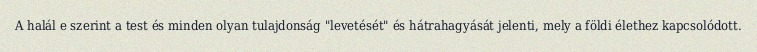
A halál e szerint a test és minden olyan tulajdonság "levetését" és hátrahagyását jelenti, mely a földi élethez kapcsolódott.